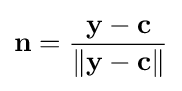
\mathbf {n} ={\frac {\mathbf {y} -\mathbf {c} }{\left\Vert \mathbf {y} -\mathbf {c} \right\Vert }}